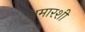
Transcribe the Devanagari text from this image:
धमारशी